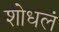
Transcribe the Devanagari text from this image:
शोधलं